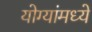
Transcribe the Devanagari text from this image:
योग्यांमध्ये